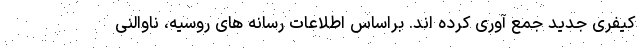
کیفری جدید جمع آوری کرده اند. براساس اطلاعات رسانه های روسیه، ناوالنی